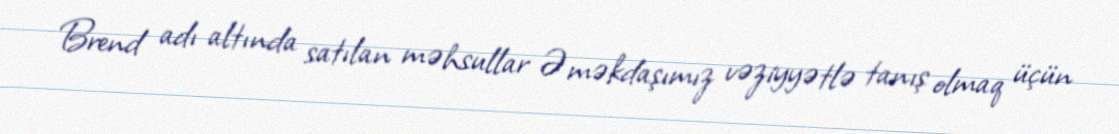
Brend adı altında satılan məhsullar Əməkdaşımız vəziyyətlə tanış olmaq üçün